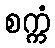
စက္ကံ